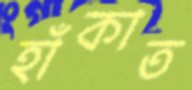
হাঁকাত